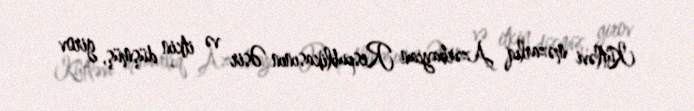
Kütləvi məzarlıq Azərbaycan Respublikasının Əsir və itkin düşmüş, girov